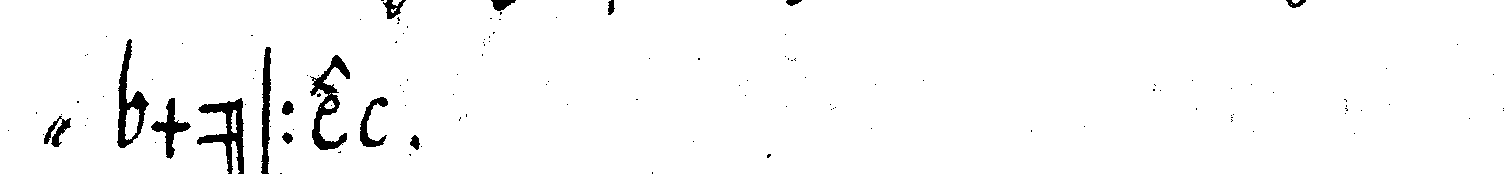
" müsse .